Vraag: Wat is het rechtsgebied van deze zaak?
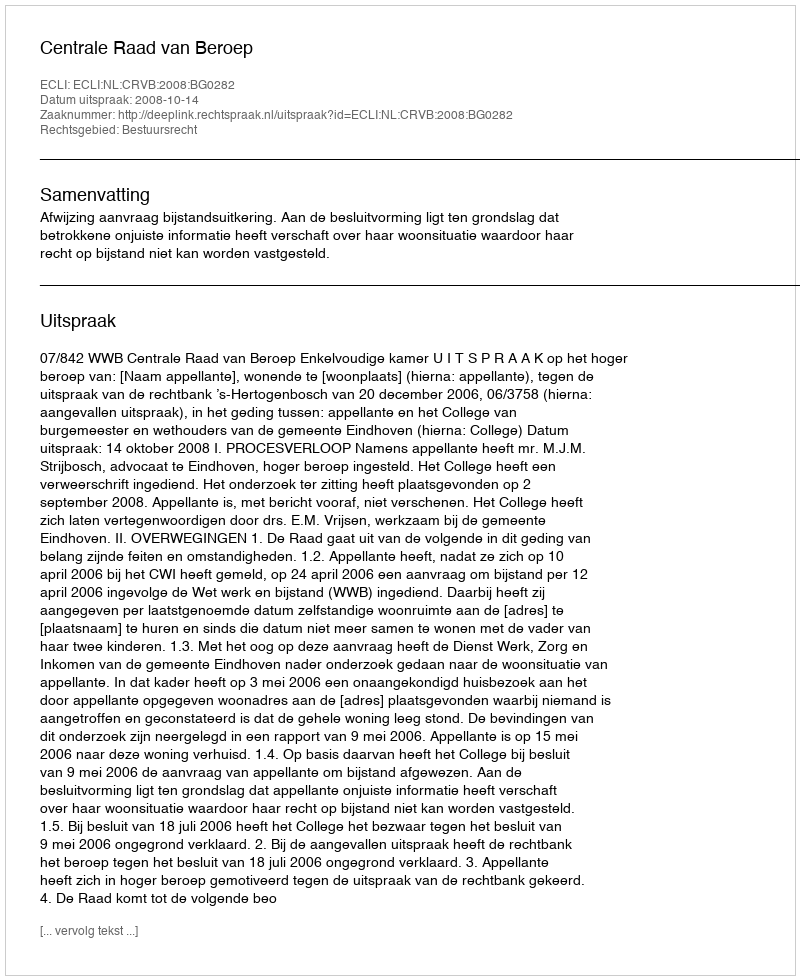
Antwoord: Bestuursrecht